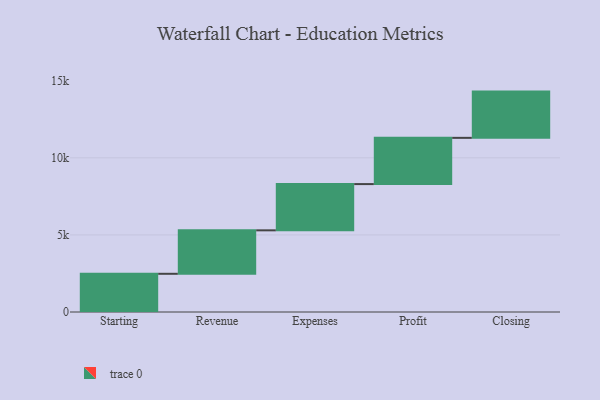
{"axis": {"x": "Step", "y": "Value"}, "legend": [""], "data": [{"x": "Starting", "y": 2478.0, "type": ""}, {"x": "Revenue", "y": 2819.0, "type": ""}, {"x": "Expenses", "y": 3000, "type": ""}, {"x": "Profit", "y": 3000, "type": ""}, {"x": "Closing", "y": 3000, "type": ""}]}